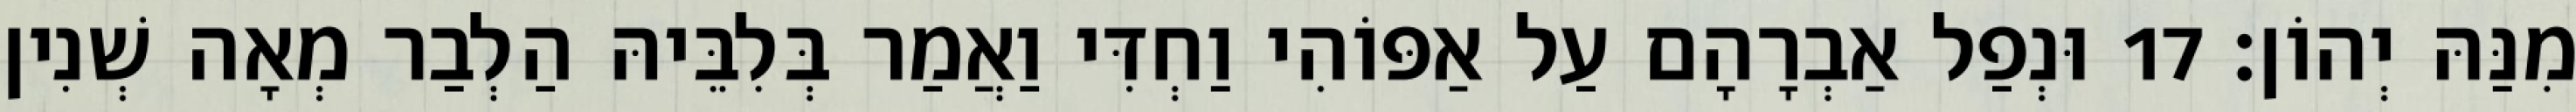
מִנַּהּ יְהוֹן׃ 17 וּנְפַל אַבְרָהָם עַל אַפּוֹהִי וַחְדִּי וַאֲמַר בְּלִבֵּיהּ הַלְבַר מְאָה שְׁנִין